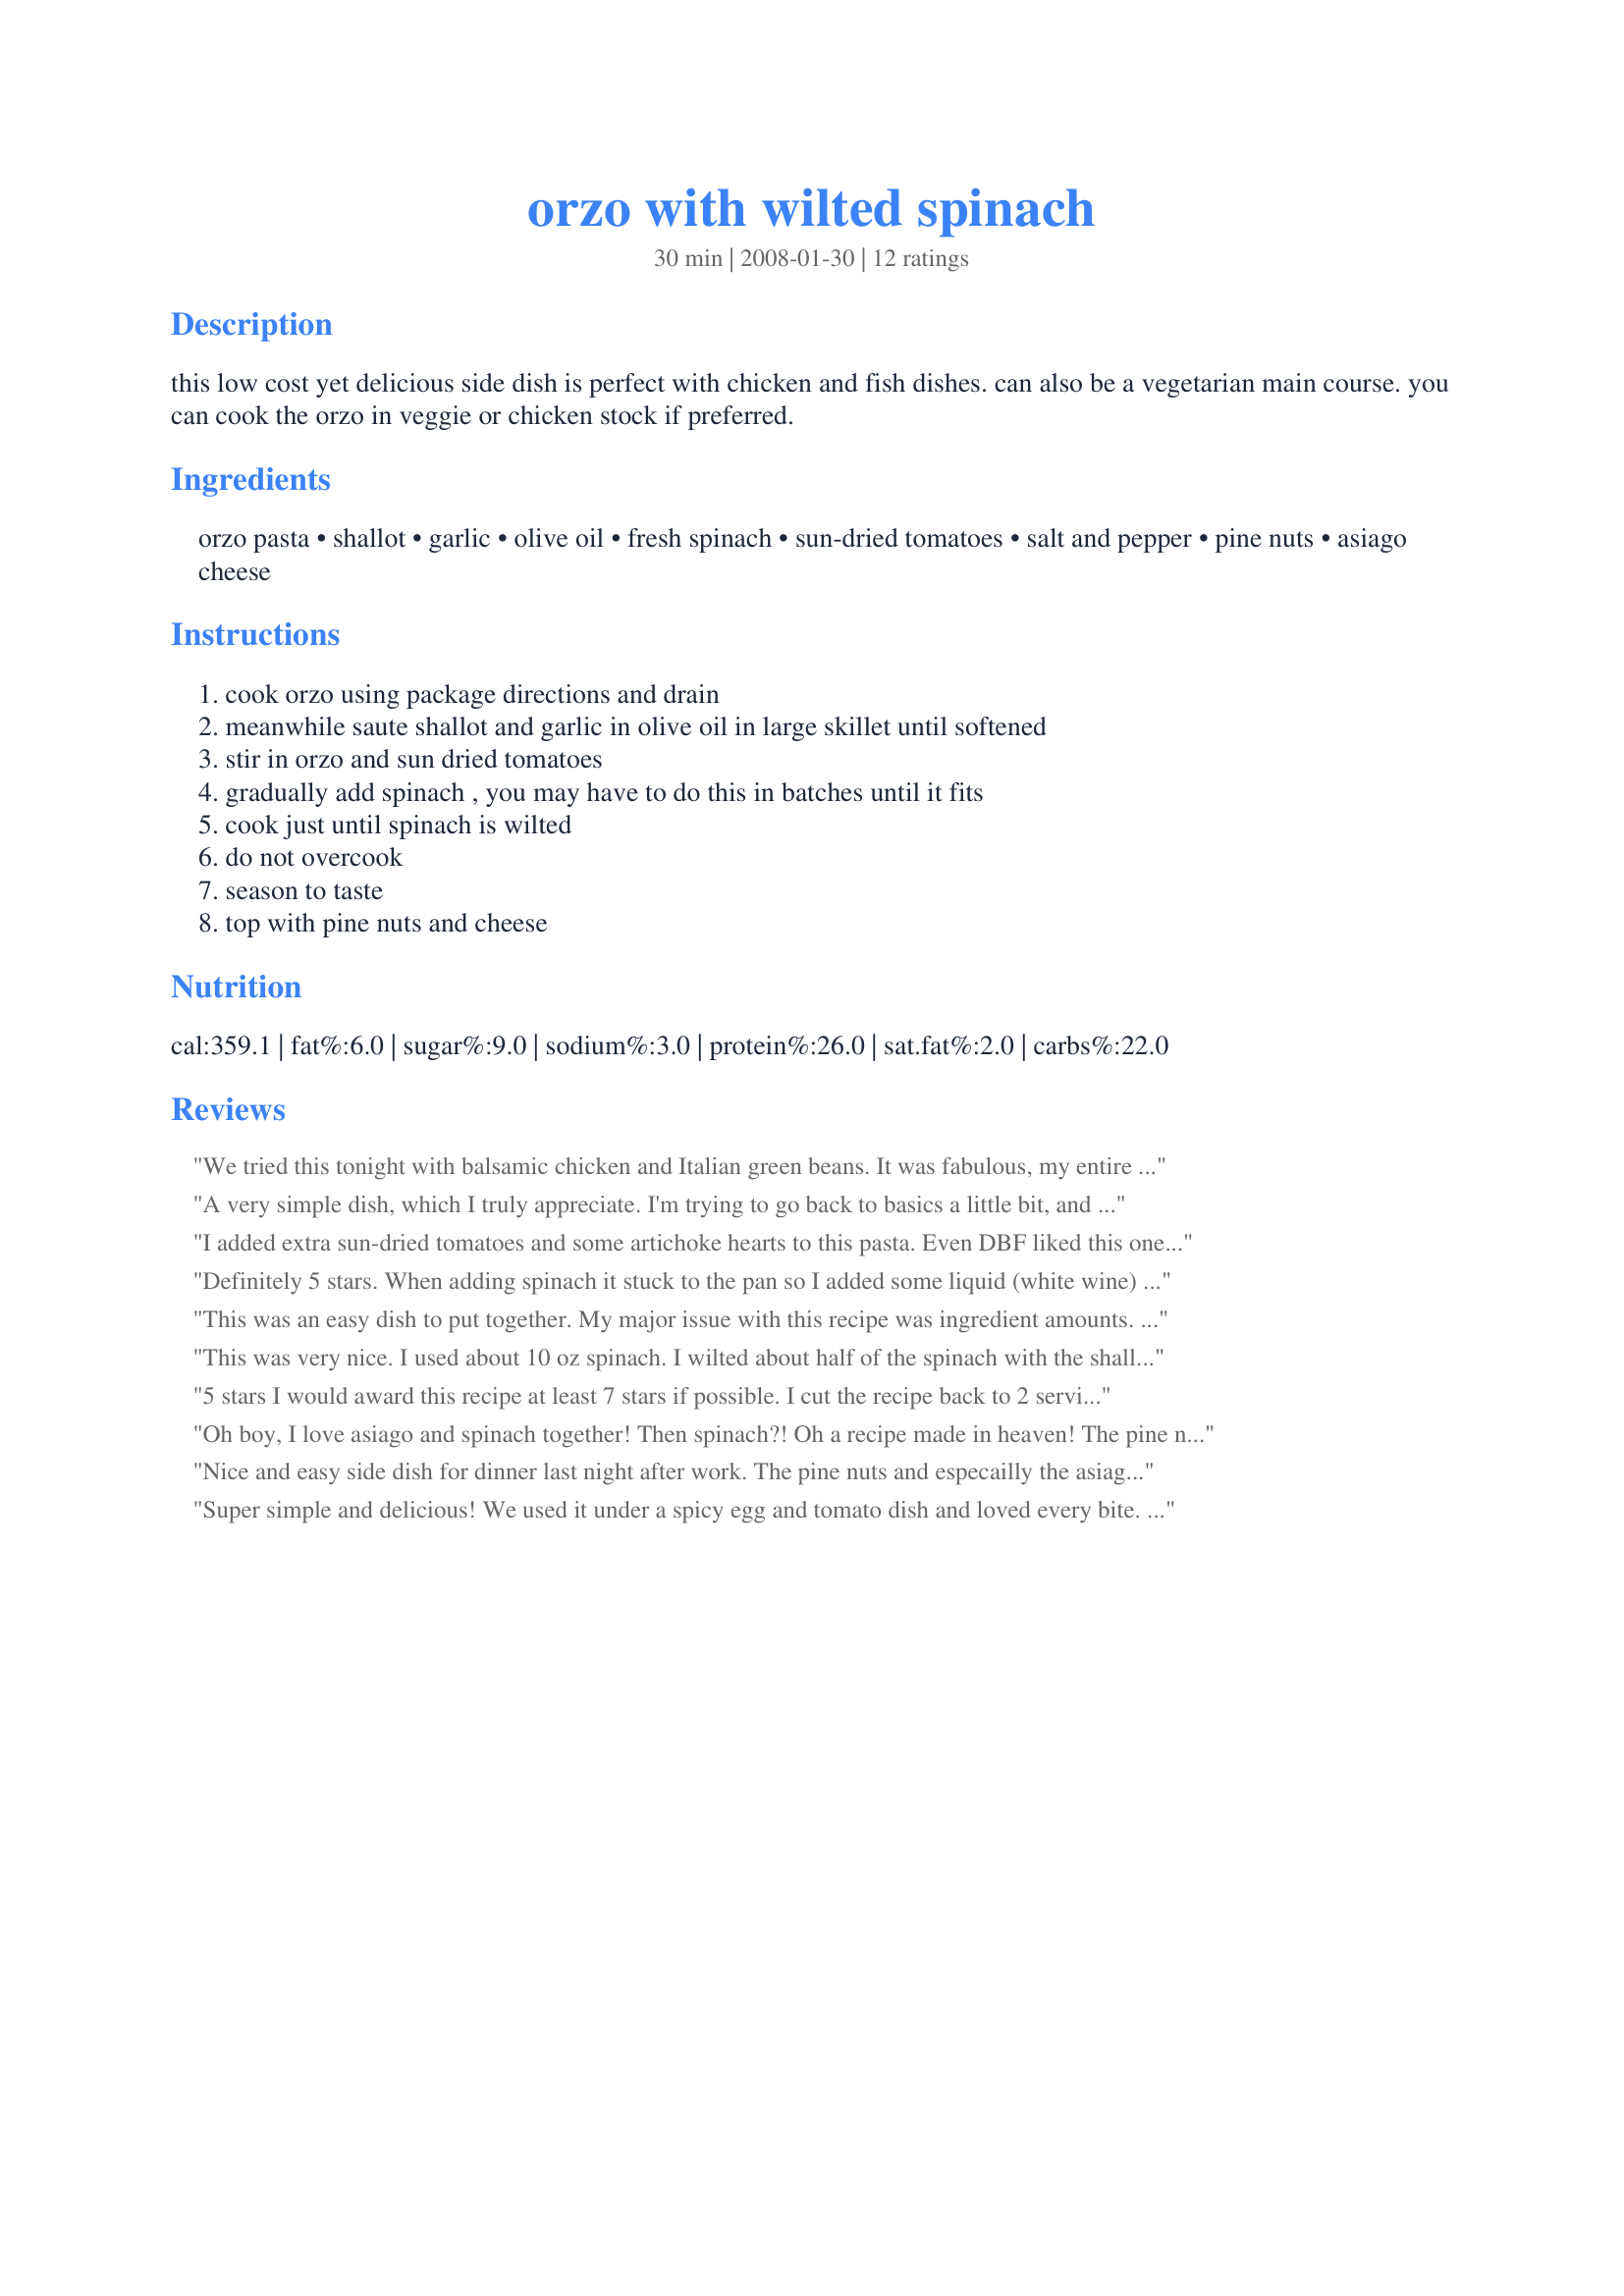
orzo with wilted spinach
Preparation time: 30 minutes

this low cost yet delicious side dish is perfect with chicken and fish dishes. can also be a vegetarian main course. you can cook the orzo in veggie or chicken stock if preferred.

Ingredients:
orzo pasta, shallot, garlic, olive oil, fresh spinach, sun-dried tomatoes, salt and pepper, pine nuts, asiago cheese

Steps:
cook orzo using package directions and drain, meanwhile saute shallot and garlic in olive oil in large skillet until softened, stir in orzo and sun dried tomatoes, gradually add spinach , you may have to do this in batches until it fits, cook just until spinach is wilted, do not overcook, season to taste, top with pine nuts and cheese

Reviews:
We tried this tonight with balsamic chicken and Italian green beans. It was fabulous, my entire family loved it. The asiago cheese and the pine nuts finished it off nicely. I really like the added little crunch of the pine nuts. Even my 10 year-old son said it is defitinitely a keeper. I appreciate that he gets some greens with the pasta. Thanks for the recipe Vicki!
A very simple dish, which I truly appreciate. I'm trying to go back to basics a little bit, and this fit the bill nicely. I cut the recipe back by half, but left the spinach the same. Can't have too much fresh spinach! I thought the addition of the asiago was was a good touch. I, also, toasted the pine nuts before adding them. And I used a LOT of black pepper! Thnx for sharing your recipe, Vicki. Made for a fellow Voracious Vagabond during ZWT 6.
I added extra sun-dried tomatoes and some artichoke hearts to this pasta. Even DBF liked this one! Don't skimp on the asiago as it really adds to the flavor! Made for ZWT 4 by a jefe de la cocina
Definitely 5 stars. When adding spinach it stuck to the pan so I added some liquid (white wine) to cook. Taste was oustanding, and BF agreed. I added extra sun-dried tomatoes. Very easy to make. For some reason leftovers didn't seem as good as the night before but no penalties for that:D
This was an easy dish to put together. My major issue with this recipe was ingredient amounts. The recipe was reduced to 2 servings which still called for 1 cup of pasta. I used more like 1/2 cup and had 3 nice servings. I would have increased the sub-dried tomatoes and 8 to 16 oz spinach is a lot. The recipe would have benefited with additional seasoning. Good luck in RSC #11.
This was very nice. I used about 10 oz spinach. I wilted about half of the spinach with the shallot mixture before adding the pasta and was glad I had as I kept throwing bits of orzo out of the skillet, trying to stir it & wilt the rest of the spinach. Next time I may use some of the oil from the tomatoes to saute the veg. to add some additional flavor. Also, I tried this cold the next day and it was pretty bland so I definitely recommend serving this warm. Thanks for the recipe and good luck in the contest!
5 stars I would award this recipe at least 7 stars if possible. I cut the recipe back to 2 servings. I was generous with the sun dried tomato, left the garlic & shallot as stated in the whole recipe.. Great blend of flavors - The pine nuts and Asiago are the perfect compliment to comlpete this taste sensation - We loved it 5 stars
Oh boy, I love asiago and spinach together! Then spinach?! Oh a recipe made in heaven! The pine nuts on top sent this over the edge, and very welcomed! I did add salt and pepper to taste, and was so lovely! We have fresh spinach coming from the garden, and this was a perfect use. Made for Zee Zesties! for ZWT6
Nice and easy side dish for dinner last night after work. The pine nuts and especailly the asiago give it a wonderful flavor. I also added some salt and pepper. Made for the Babes of ZWT4.
Super simple and delicious! We used it under a spicy egg and tomato dish and loved every bite. I'll be making this again with some garden kale! Made for ZWT6 by a Looney Spoon Phoodie
Four Stars. Nice mixture of ingredients and makes a colorful side dish. It is a good base recipe which can be altered to your own preferences. I found one teaspoon of olive oil was too little for the ingredients listed and also moved the addition of the Orzo to one of the last steps in order to keep it from being overcooked. This is a quick and easy recipe which can be prepared at the last minute adding an elegant touch to your meal.
This was a really good recipe and my whole family enjoyed it. I found that the pine nuts were especially good for this recipe. I added a bit more sun dried tomatoes as I felt 2 tablespoons wasn't enough.
